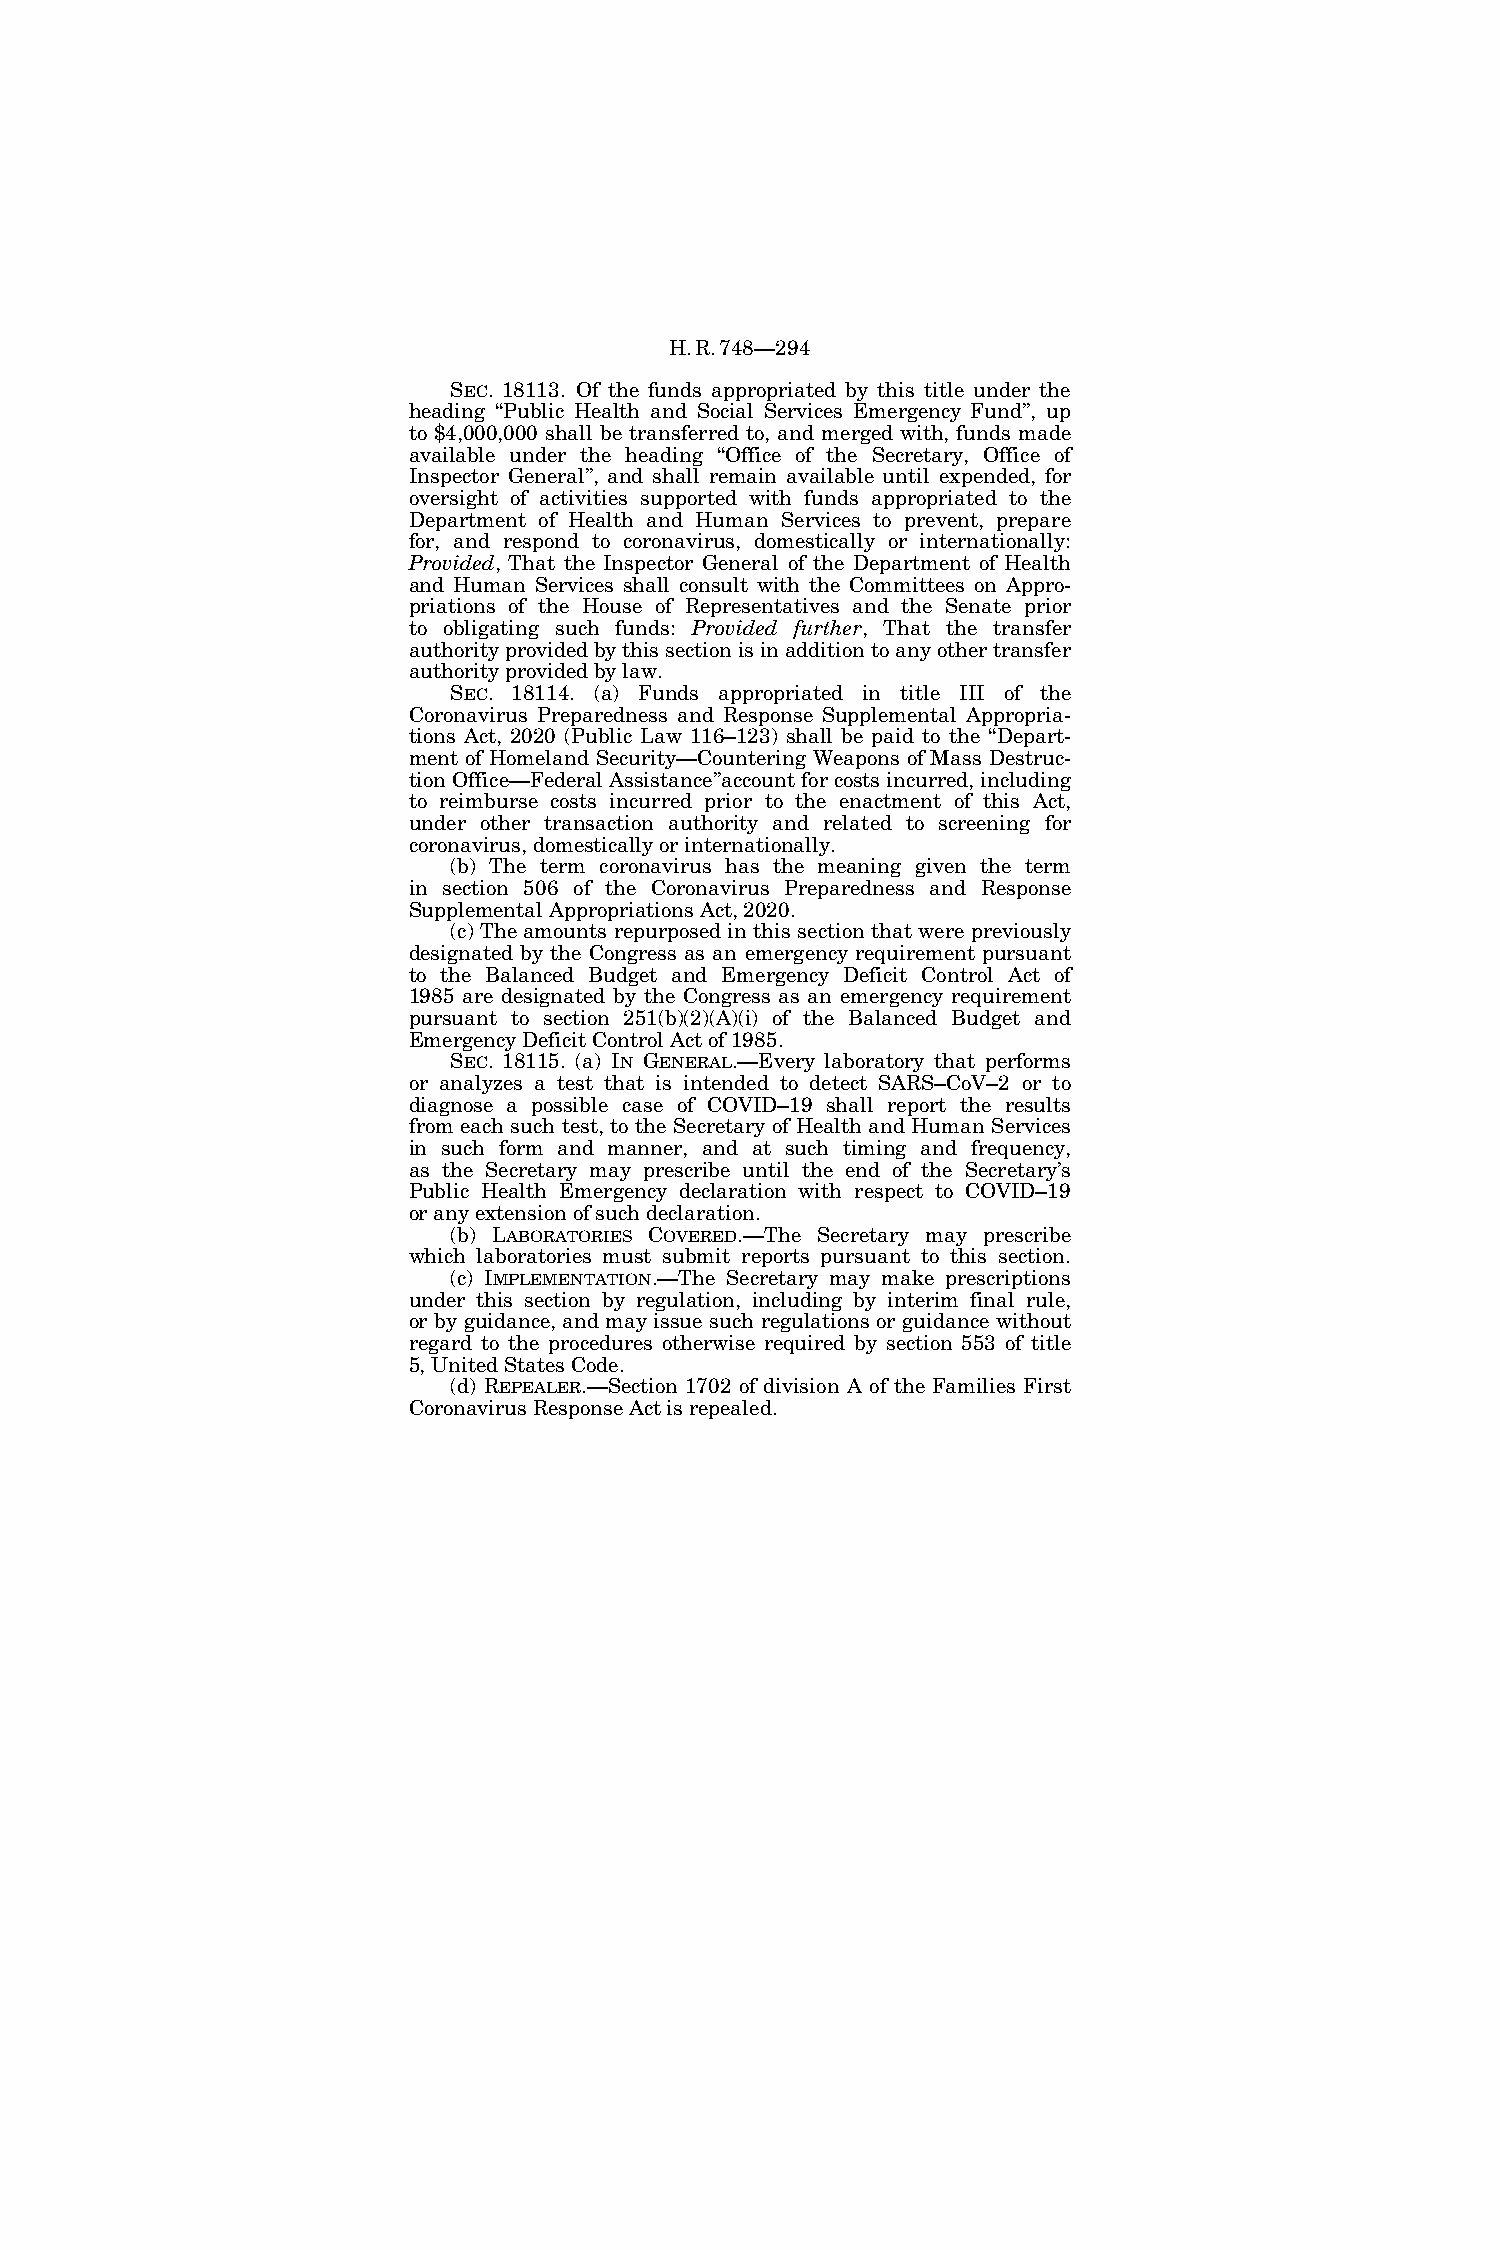
H.R.748—294
 SEC. 18113. Of the funds appropriated by this title under the
 heading ‘‘Public Health and Social Services Emergency Fund’’, up
 to $4,000,000 shall be transferred to, and merged with, funds made
 available under the heading ‘‘Office of the Secretary, Office of
 Inspector General’’, and shall remain available until expended, for
 oversight of activities supported with funds appropriated to the
 Department of Health and Human Services to prevent, prepare
 for, and respond to coronavirus, domestically or internationally:
 Provided, That the Inspector General of the Department of Health
 and Human Services shall consult with the Committees on Appro-
 priations of the House of Representatives and the Senate prior
 to obligating such funds: Provided further, That the transfer
 authority provided by this section is in addition to any other transfer
 authority provided by law.
 SEC. 18114. (a) Funds appropriated in title III of the
 Coronavirus Preparedness and Response Supplemental Appropria-
 tions Act, 2020 (Public Law 116–123) shall be paid to the ‘‘Depart-
 ment of Homeland Security—Countering Weapons of Mass Destruc-
 tion Office—Federal Assistance’’account for costs incurred, including
 to reimburse costs incurred prior to the enactment of this Act,
 under other transaction authority and related to screening for
 coronavirus, domestically or internationally.
 (b) The term coronavirus has the meaning given the term
 in section 506 of the Coronavirus Preparedness and Response
 Supplemental Appropriations Act, 2020.
 (c) The amounts repurposed in this section that were previously
 designated by the Congress as an emergency requirement pursuant
 to the Balanced Budget and Emergency Deficit Control Act of
 1985 are designated by the Congress as an emergency requirement
 pursuant to section 251(b)(2)(A)(i) of the Balanced Budget and
 Emergency Deficit Control Act of 1985.
 SEC. 18115. (a) IN GENERAL.—Every laboratory that performs
 or analyzes a test that is intended to detect SARS–CoV–2 or to
 diagnose a possible case of COVID–19 shall report the results
 from each such test, to the Secretary of Health and Human Services
 in such form and manner, and at such timing and frequency,
 as the Secretary may prescribe until the end of the Secretary’s
 Public Health Emergency declaration with respect to COVID–19
 or any extension of such declaration.
 (b) LABORATORIES COVERED.—The Secretary may prescribe
 which laboratories must submit reports pursuant to this section.
 (c) IMPLEMENTATION.—The Secretary may make prescriptions
 under this section by regulation, including by interim final rule,
 or by guidance, and may issue such regulations or guidance without
 regard to the procedures otherwise required by section 553 of title
 5, United States Code.
 (d) REPEALER.—Section 1702 of division A of the Families First
 Coronavirus Response Act is repealed.